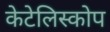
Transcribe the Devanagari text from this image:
केटेलिस्कोप